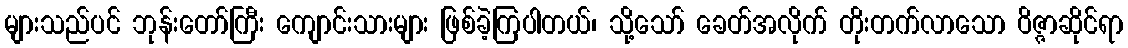
များသည်ပင် ဘုန်းတော်ကြီး ကျောင်းသားများ ဖြစ်ခဲ့ကြပါတယ်၊ သို့သော် ခေတ်အလိုက် တိုးတက်လာသော ဝိဇ္ဇာဆိုင်ရာ